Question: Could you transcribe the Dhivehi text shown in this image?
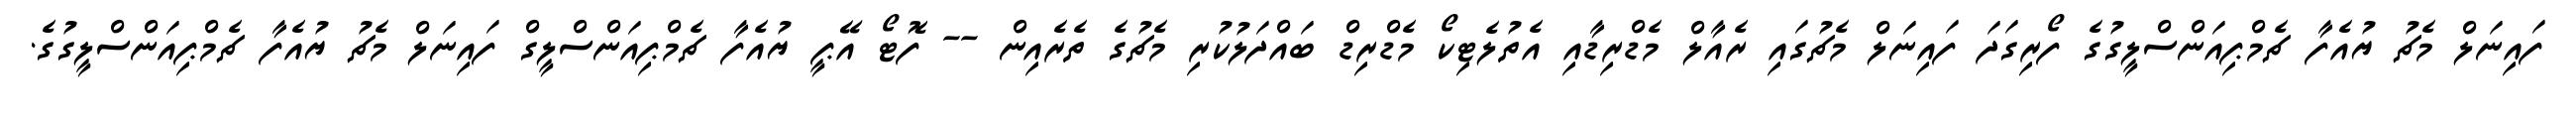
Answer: ފައިނަލް މެޗު ޔުއެފާ ޗެމްޕިއަންސްލީގުގެ ފޯރިގަދަ ފައިނަލް މެޗުގައި ރެއާލް މެޑްރިޑާއި އެތުލެޓިކޯ މެޑްރިޑް ބައްދަލުކުރި މެޗުގެ ތެރެއިން -- ފޮޓޯ އޭޕީ ޔުއެފާ ޗެމްޕިއަންސްލީގް ފައިނަލް މެޗު ޔުއެފާ ޗެމްޕިއަންސްލީގުގެ.